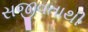
સજીવતાથી